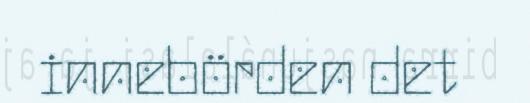
innebörden det